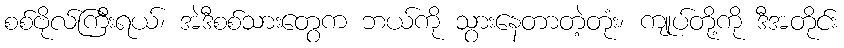
စစ်ဗိုလ်ကြီးရယ်၊ အဲဒီစစ်သားတွေက ဘယ်ကို သွားနေတာတဲ့တုံး၊ ကျုပ်တို့ကို ဒီအတိုင်း